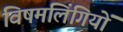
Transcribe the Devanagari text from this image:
विषमलिंगियों